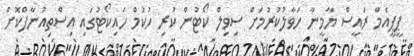
ޕީޕީއެމް ރައީސް ޔާމީނާ ހަވާލުކުރުމަށް ސިވިލް ކޯޓުން ކުރި ހުކުމް ހައިކޯޓުގައި އިސްތިއުނާފްކޮށް